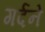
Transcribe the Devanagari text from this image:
गर्दने